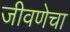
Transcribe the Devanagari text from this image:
जीवणेचा